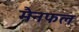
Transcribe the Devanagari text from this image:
मैनफल